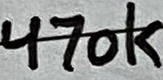
Text: 470k